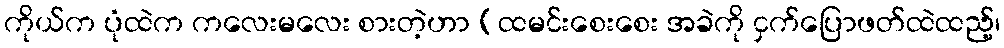
ကိုယ်က ပုံထဲက ကလေးမလေး စားတဲ့ဟာ (ထမင်းစေးစေး အခဲကို ငှက်ပြောဖတ်ထဲထည့်၊